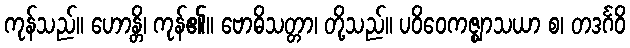
ကုန်သည်။ ဟောန္တိ၊ ကုန်၏။ ဗောဓိသတ္တာ၊ တို့သည်။ ပဝိဝေကဇ္ဈာသယာ စ၊ တဒင်္ဂဝိ